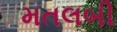
મતલબી